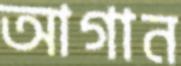
আগান